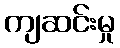
ကျဆင်းမှု